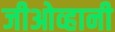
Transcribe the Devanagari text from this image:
जीओव्हानी